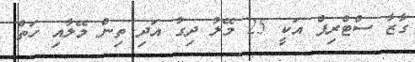
ގާޒާ ސްޓްރިޕް އަކީ 25 މޭލު ދިގު އަދި ތިން މޭލާއި ހަތް